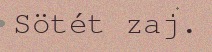
Sötét zaj.